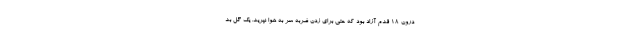
درون 18 قدم آزاد بود که حتی برای زدن ضربه سر به هوا نپرید. یک گل بد